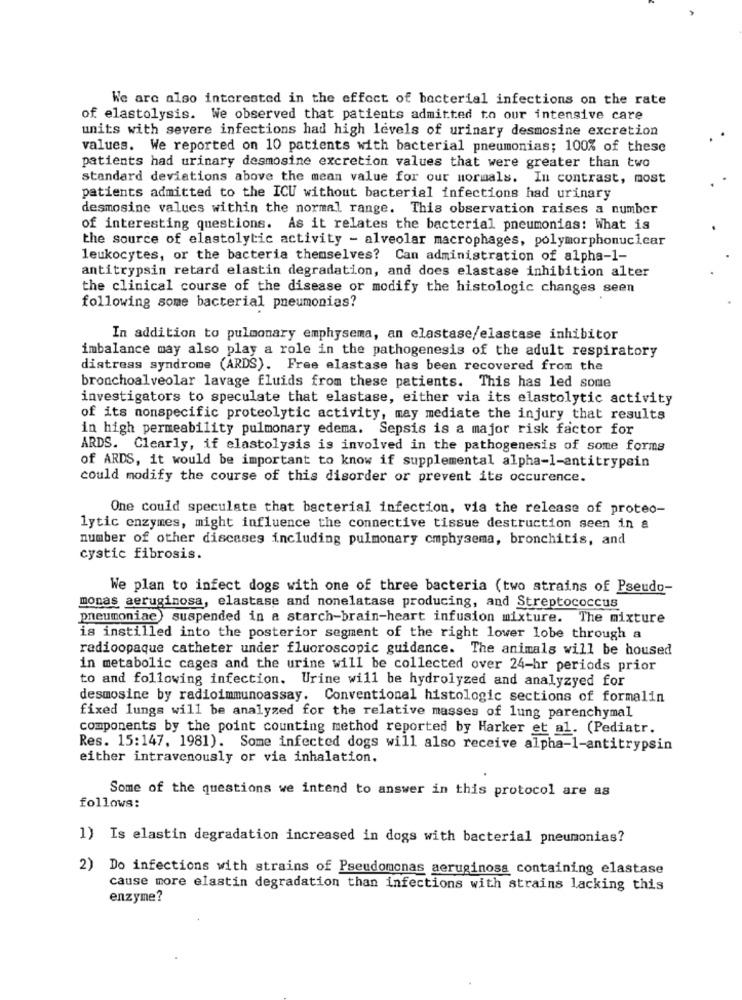
We are also interested in the effect of bacterial infections on the rate
of elastolysis. We observed that patients admitted to our intensive care
units with severe infections had high levels of urinary desmosine excretion
values. We reported on 10 patients with bacterial pneumonias; 100% of these
patients had urinary desmosine excretion values that were greater than two
standard deviations above the mean value for our normals. In contrast, most
patients admitted to the ICU without bacterial infections had urinary
desmosine values within the normal range. This observation raises a number
of interesting questions. As it relates the bacterial pneumonias: What is
the source of elastolytic activity - alveolar macrophages, polymorphonuclear
leukocytes, or the bacteria themselves? Can administration of alpha-1-
antitrypsin retard elastin degradation, and does elastase inhibition alter
the clinical course of the disease or modify the histologic changes seen
following some bacterial pneumonias?
In addition to pulmonary emphysema, an elastase/elastase inhibitor
imbalance may also play a role in the pathogenesis of the adult respiratory
distress syndrome (ARDS). Free elastase has been recovered from the
bronchoalveolar lavage fluids from these patients. This has led some
investigators to speculate that elastase, either via its elastolytic activity
of its nonspecific proteolytic activity, may mediate the injury that results
in high permeability pulmonary edema. Sepsis is a major risk factor for
ARDS. Clearly, if elastolysis is involved in the pathogenesis of some forms
of ARDS, it would be important to know if supplemental alpha-1-antitrypsin
could modify the course of this disorder or prevent its occurence.
One could speculate that bacterial infection, via the release of proteo-
lytic enzymes, might influence the connective tissue destruction seen in a
number of other discases including pulmonary cmphysema, bronchitis, and
cystic fibrosis.
We plan to infect dogs with one of three bacteria (two strains of Pseudo-
monas aeruginosa, elastase and nonelatase producing, and Streptococcus
pneumoniae suspended in a starch-brain-heart infusion mixture. The mixture
is instilled into the posterior segment of the right lower lobe through a
radioopaque catheter under fluoroscopic guidance. The animals will be housed
in metabolic cages and the urine will be collected over 24-hr periods prior
to and following infection. Urine will be hydrolyzed and analyzyed for
desmosine by radioimmunoassay. Conventional histologic sections of formalin
fixed lungs will be analyzed for the relative masses of lung parenchymal
components by the point counting method reported by Harker et al. (Pediatr.
Res. 15:147, 1981). Some infected dogs will also receive alpha-1-antitrypsin
either intravenously or via inhalation.
Some of the questions we intend to answer in this protocol are as
follows:
1) Is elastin degradation increased in dogs with bacterial pneumonias?
2) Do infections with strains of Pseudomonas aeruginosa containing elastase
cause more elastin degradation than infections with strains lacking this
enzyme?